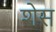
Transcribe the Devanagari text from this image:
शेस